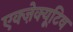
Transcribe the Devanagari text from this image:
एक्ज़ेक्यूटिव